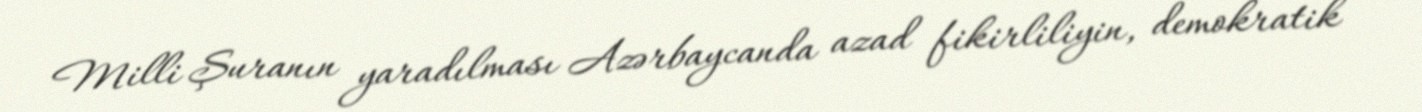
Milli Şuranın yaradılması Azərbaycanda azad fikirliliyin, demokratik